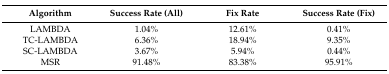
<table><thead><tr><td><b>Algorithm</b></td><td><b>Success Rate (All)</b></td><td><b>Fix Rate</b></td><td><b>Success Rate (Fix)</b></td></tr></thead><tbody><tr><td>LAMBDA</td><td>1.04%</td><td>12.61%</td><td>0.41%</td></tr><tr><td>TC-LAMBDA</td><td>6.36%</td><td>18.94%</td><td>9.35%</td></tr><tr><td>SC-LAMBDA</td><td>3.67%</td><td>5.94%</td><td>0.44%</td></tr><tr><td>MSR</td><td>91.48%</td><td>83.38%</td><td>95.91%</td></tr></tbody></table>